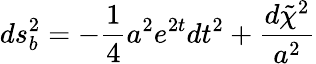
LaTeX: ds_{b}^{2}=-\frac{1}{4}a^{2}e^{2t}dt^{2}+\frac{d\tilde{\chi}^{2}}{a^{2}}